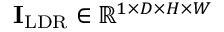
\mathbf { I } _ { \mathrm { L D R } } \in \mathbb { R } ^ { 1 \times D \times H \times W }